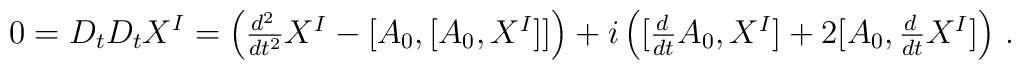
0=D_{t}D_{t}X^{I}=\left(\textstyle{\frac{d^{2}\,}{dt^{2}}}X^{I}-[A_{0},[A_{0},X^{I}]]\right)+i\left([\textstyle{\frac{d\,}{dt}}A_{0},X^{I}]+2[A_{0},\textstyle{\frac{d\,}{dt}}X^{I}]\right)\,.